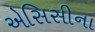
એસિસીના